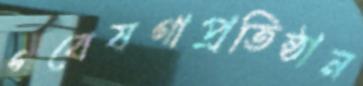
গবেষণাপ্রতিষ্ঠান